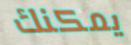
يمكنك